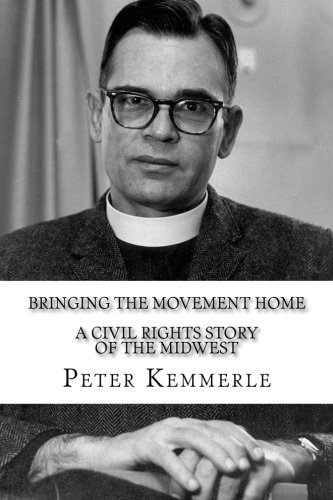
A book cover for Bringing the Movement Home: A civil rights story of the Midwest; Peter Kemmerle; Biographies & Memoirs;